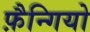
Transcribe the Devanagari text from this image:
फ़ैन्गियो